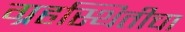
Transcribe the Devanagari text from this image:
ग्रहस्थितीचा